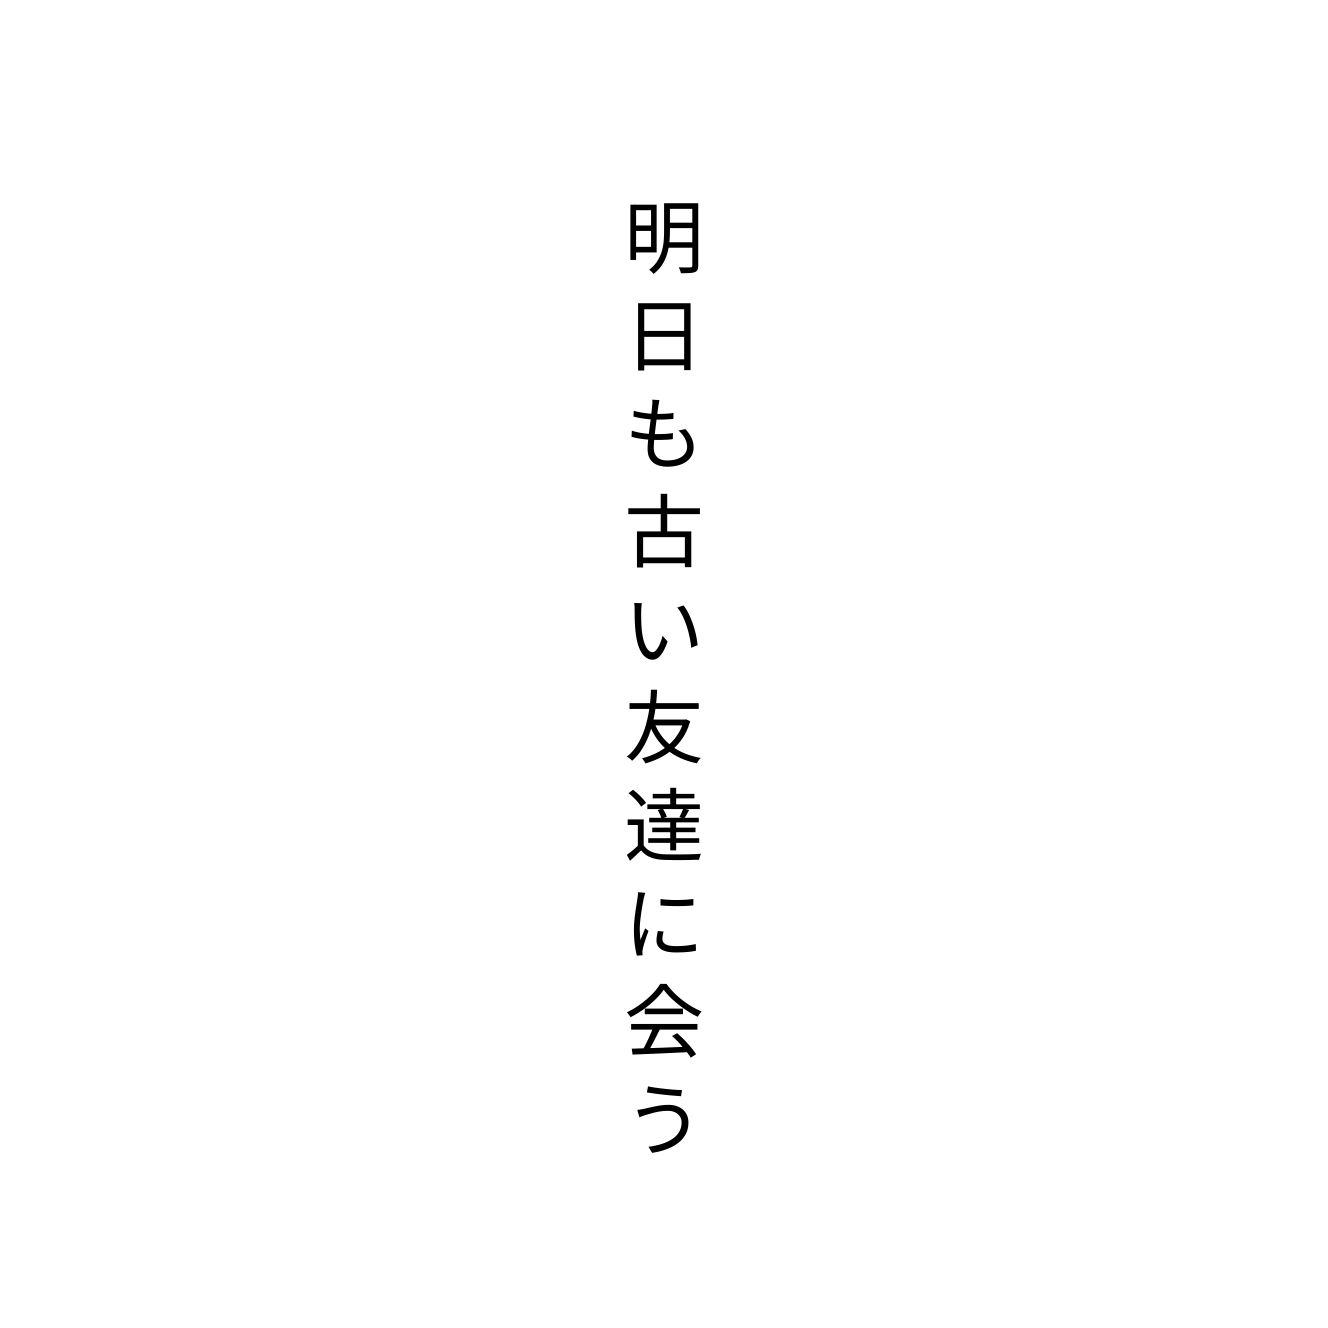
明日も古い友達に会う